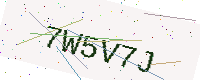
Text: 7W5V7J